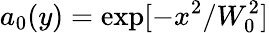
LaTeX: a_{0}(y)=\exp[-x^{2}/W_{0}^{2}]